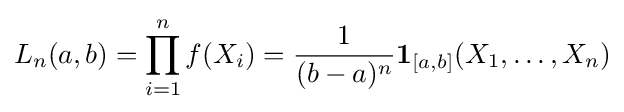
L_{n}(a,b)=\prod _{i=1}^{n}f(X_{i})={\frac {1}{(b-a)^{n}}}\mathbf {1} _{[a,b]}(X_{1},\dots ,X_{n})